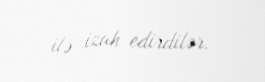
ilə izah edirdilər.